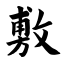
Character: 敷